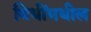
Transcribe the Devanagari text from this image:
विधींमधील